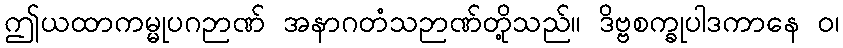
ဤယထာကမ္မုပဂဉာဏ် အနာဂတံသဉာဏ်တို့သည်။ ဒိဗ္ဗစက္ခုပါဒကာနေ ဝ၊